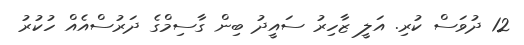
12 ދުވަސް ކުރި. އަލީ ޒާހިރު ސައީދު ބިން ގާސިމްގެ ދަރުސްއެއް ހުކުރު